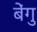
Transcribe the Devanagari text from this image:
बेंगु